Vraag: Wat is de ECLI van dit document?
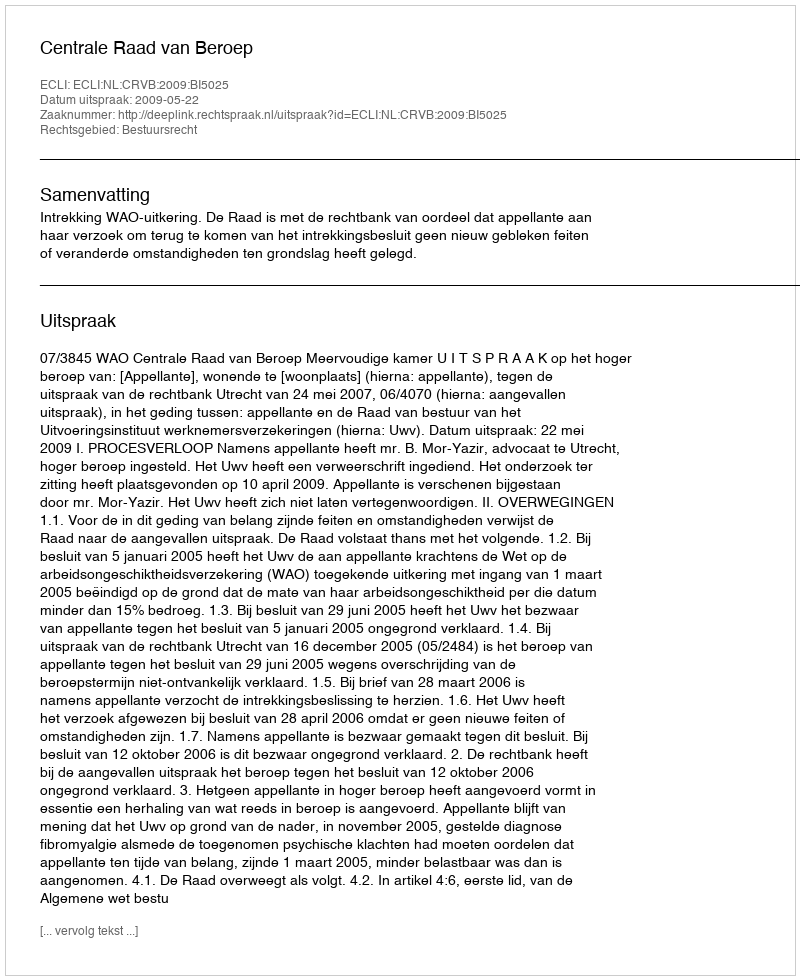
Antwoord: ECLI:NL:CRVB:2009:BI5025